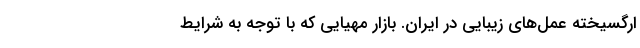
ارگسیخته عمل‌های زیبایی در ایران. بازار مهیایی که با توجه به شرایط